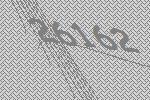
26162